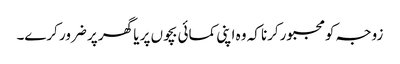
زوجہ کومجبورکرنا کہ وہ اپنی کمائی بچوں پر یا گھر پر ضرور کرے۔